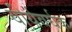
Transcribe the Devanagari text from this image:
वीर्यवर्घक